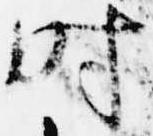
時